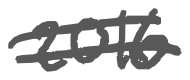
Text: 2016
Cross-out: mix
Writing tool: digital_gray